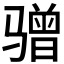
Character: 𫘯